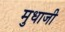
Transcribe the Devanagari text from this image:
मुधाजी